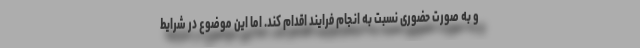
و به صورت حضوری نسبت به انجام فرایند اقدام کند. اما این موضوع در شرایط